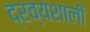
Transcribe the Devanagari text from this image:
द्रव्यशाली